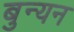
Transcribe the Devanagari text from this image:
बुन्यन